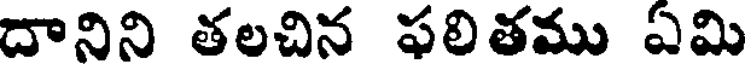
దానిని తలచిన ఫలితము ఏమి